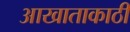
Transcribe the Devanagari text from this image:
आखाताकाठी